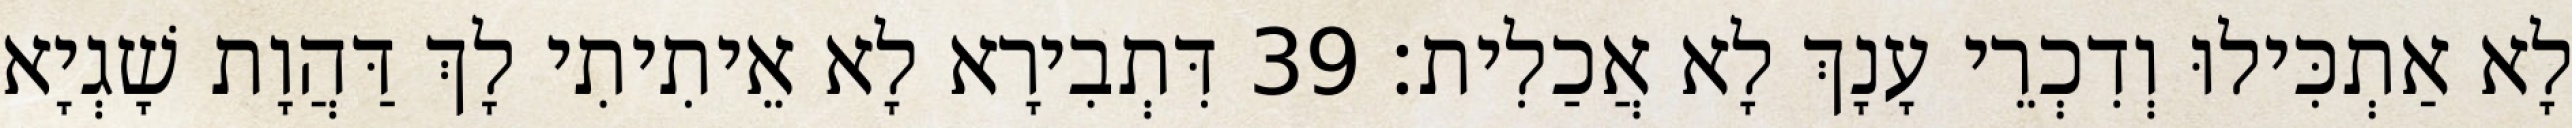
לָא אַתְכִּילוּ וְדִכְרֵי עָנָךְ לָא אֲכַלִית׃ 39 דִּתְבִירָא לָא אֵיתִיתִי לָךְ דַּהֲוָת שָׁגְיָא